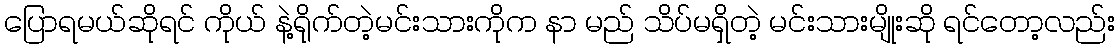
ပြောရမယ်ဆိုရင် ကိုယ် နဲ့ရိုက်တဲ့မင်းသားကိုက နာ မည် သိပ်မရှိတဲ့ မင်းသားမျိုးဆို ရင်တော့လည်း